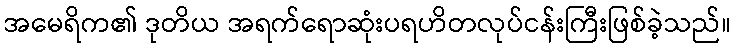
အမေရိက၏ ဒုတိယ အရက်ရောဆုံးပရဟိတလုပ်ငန်းကြီးဖြစ်ခဲ့သည်။